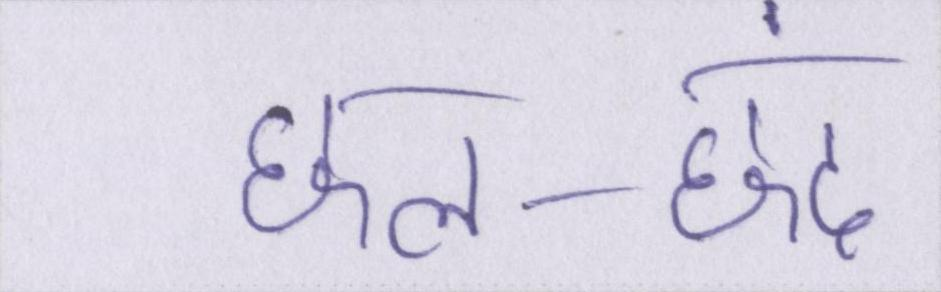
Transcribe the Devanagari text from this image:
छल-छंद